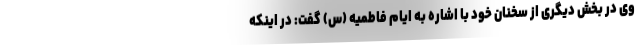
وی در بخش دیگری از سخنان خود با اشاره به ایام فاطمیه (س) گفت: در اینکه